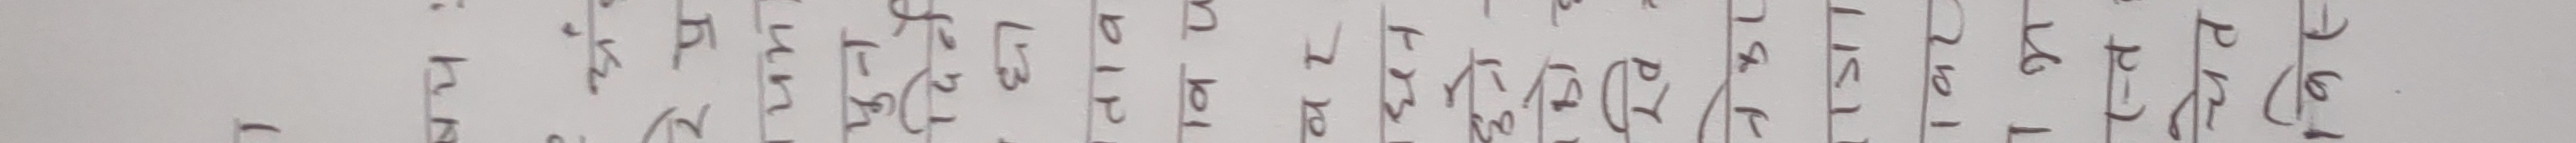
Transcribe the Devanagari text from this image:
पिकचसलअदअलापिविचिरसपलिबितिरमकपिअदपिअकपिविलिदि
फिमिलिविशिसिमिसिनिअनिअपिसिफिमसमिअलाकविसिविकविलिअअसिविकिकाना